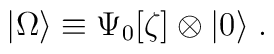
|\Omega\rangle \equiv \Psi_0[\zeta] \otimes |0\rangle\;.